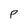
Character: P